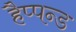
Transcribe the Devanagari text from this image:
हैप्पन्ड